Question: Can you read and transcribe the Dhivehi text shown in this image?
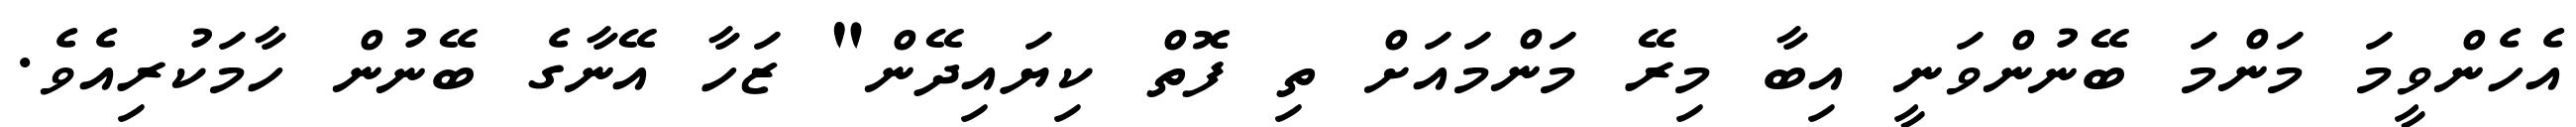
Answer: އެހެންވީމަ މަންމަ ބޭނުންވަނީ އިބާ މިރޭ މަންމައަށް ތި ފޮތް ކިޔައިދޭން" ޒަހާ އޭނާގެ ބޭނުން ހާމަކުރިއެވެ.